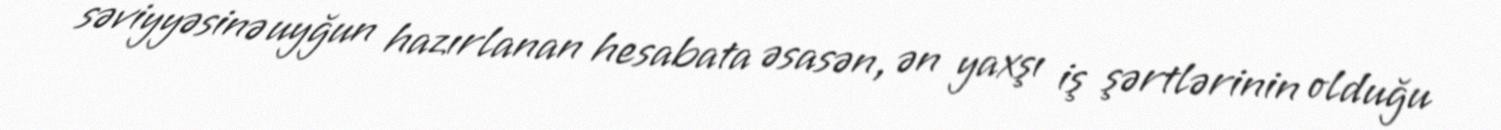
səviyyəsinə uyğun hazırlanan hesabata əsasən, ən yaxşı iş şərtlərinin olduğu